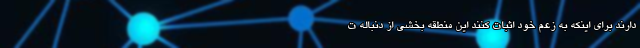
دارند برای اینکه به زعم خود اثبات کنند این منطقه بخشی از دنباله ت